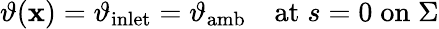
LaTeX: \begin{array}{r}{\vartheta(\mathbf{x})=\vartheta_{\mathrm{inlet}}=\vartheta_{\mathrm{amb}}\quad\mathrm{at}\; s=0\; \mathrm{on}\; \Sigma}\end{array}